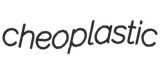
cheoplastic